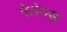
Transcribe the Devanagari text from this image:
गेलेनस